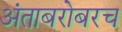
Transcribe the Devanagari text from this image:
अंताबरोबरच